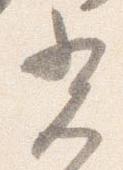
光